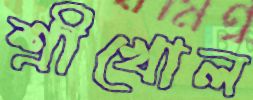
শ্রীখোল